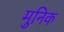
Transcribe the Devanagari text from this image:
मुनिक